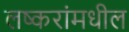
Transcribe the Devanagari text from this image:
लष्करांमधील